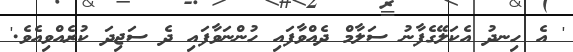
' އެ ހިނދު އެކަލޭގެފާނު ސަލާމް ދެއްވާފައި ހުންނަވާފައި ދެ ސަޖިދަ ކުރެއްވިއެވެ.'